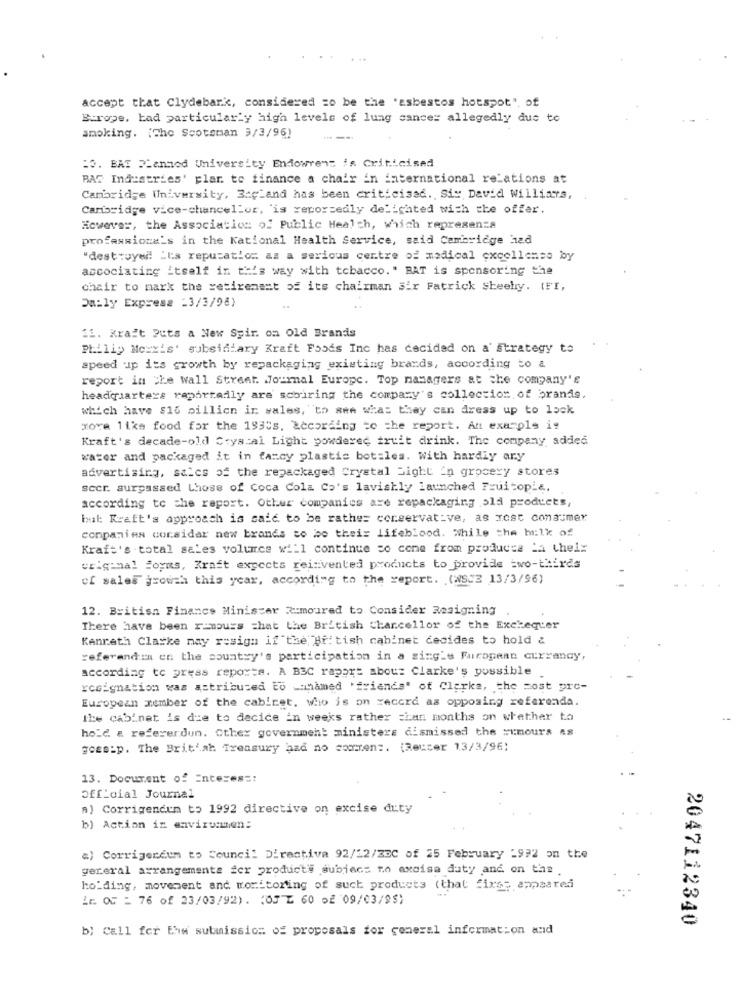
accept that Clydebank, considered zo be the "asbestos hotspot", of
Europe, bad particularly high levels of lung cance= allegedly due to
smoking. (The Scotsman 3/3/96)
10. BAT Planned University Endowrens is Criticised
BAT Industries' plar to finance a chair in international relations at
Cambridge University, BagLand has been criticised ., Siy David Williams,
Carisridge vice-chancellor, 'is reportedly delighted with the offer.
However, the Association of Public Health, which represents
professiona's in the Kational Health Service, said Cambridge had
"destroyed ils reputation as a serious centre of medical excellente by
ascociating itself in this way with tobacco. " BAT is sponsoring the
chair to mark the retirement of its chairman sir Fatrick Sheehy. (FI,
Daily Express -3/3/98)
11. Krait Puts a New Syir. on old Brands
Philiy Mc:xis' subsidiary Kraft Foods Inc has decided on a' strategy to
speed up its growth by repackaging existing brands, according to &
report in the wall Street Journal Europe. Top managers at the company's
headquarters reportedly are scouring the company's collection of brands.
which have $16 pillien in wales,"to see what they can dress up to lock
more like food for the 1930s. according to the report. An example is
Kraft's decade-old Crystal Light powdered fruit drink. The company, added
water and packaged it in fancy plastic bottles. With hardly ary
advertising, salcs of the repackaged Crystal Light in grocery stores
scer. surpassed those of Coca Cola Co's lavishly launched Fruitopia,
according to the report. Other companies are repackaging old products,
but: Kraft's approach is said to be rathe= conservative, as most consumer
companies corsidar new brands to be theis lifeblood. While the milk of
Kraft's total sales volumrcs will continue so come from products La their
original joyms, Kraft expects reinvented products to provide two-thirds
of sales growth this year, according to the report. (WSCE 13/3/96)
12. British Finance Minister Rumoured to Consider Resigning
There have been rumours =hat the British Chancellor of the Exchequer
Kanrath Clarke may resign if the British cabinet decides to hold &
referendia en the country's participation in a single Furopenn currency,
according to press reports. A B3C raport abou: Clarke's possible
resignation was attributed to _mnamed 'friends" of Clerks, the cost pre-
European member of the cabinet. who is on record as opposing referenda.
Ike cabinet is die to decide in weeks rather =han months on whether to
hold & refererdun. Other government ministers dismissed the rumours as
gossip. The British Treasury azd no soorten :. (Reuter 13/3/96;
13. Document of Enteress:
official Journal
A) Corrigencun to 1992 directive on excise duty
b) Action in environmen:
a) Corrigercum to Council Directive 92/12/33C of 25 February 1992 on the
gereral arrangements for product's subject to excise duty and on the
holding, movement and monitoring of such products (that fixse appeared
Lr OF = 76 of 23/03/92). (03 E 60 52 09/03/99)
2047112340
b; Call for Enw submission of proposals for comeral information and